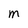
Character: m